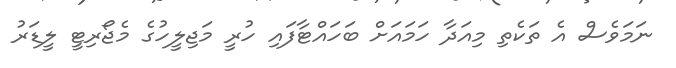
ނަމަވެސް އެ ތަކެތި މިއަދާ ހަމައަށް ބަހައްޓާފައި ހުރީ މަޖިލީހުގެ މެޖޯރިޓީ ލީޑަރު